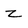
Character: z